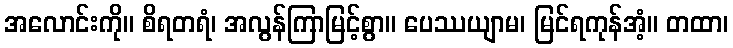
အလောင်းကို။ စိရတရံ၊ အလွန်ကြာမြင့်စွာ။ ပေဿယျာမ၊ မြင်ရကုန်အံ့။ တထာ၊